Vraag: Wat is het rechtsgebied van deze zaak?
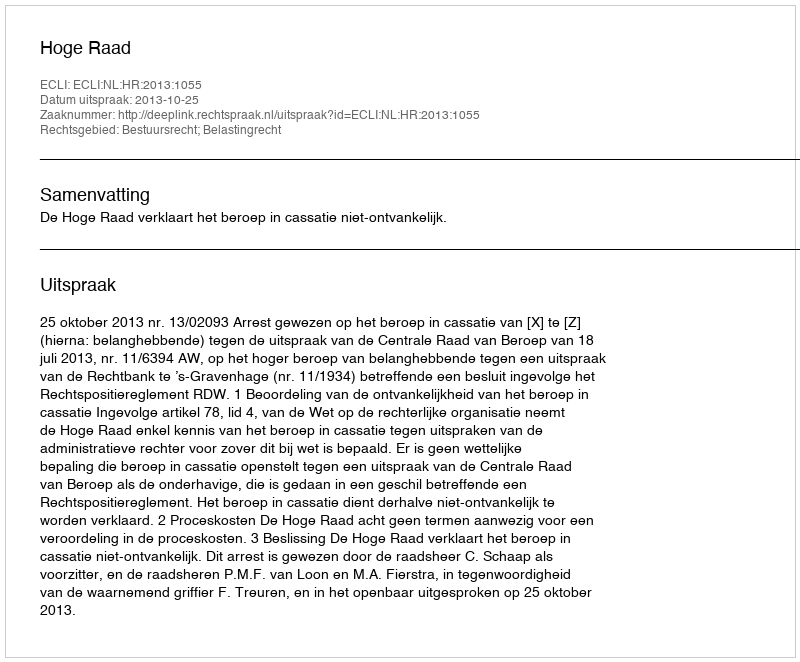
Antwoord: Bestuursrecht; Belastingrecht